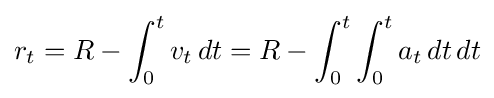
r_{t}=R-\int _{0}^{t}v_{t}\,dt=R-\int _{0}^{t}\int _{0}^{t}a_{t}\,dt\,dt